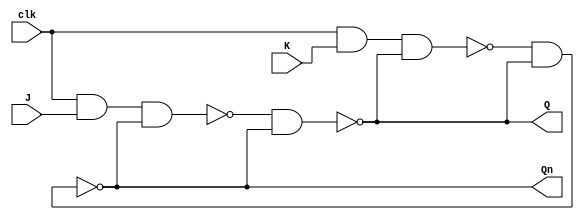
module JK_FF(J, K, clk, Q, Qn);

	input J, K, clk;
	output Q, Qn;

	wire  [2:0]W;

	nand(W[0], clk, K, Q);
	nand(W[1], clk, J, Qn);
	nand(Q, W[1], Qn);
	nand(Qn, W[0], Q); 

endmodule